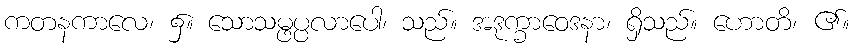
ကတနကာလေ၊ ၌။ သောသမ္ဖပ္ပလာပေါ၊ သည်။ အဒုက္ခာဝေဒနာ၊ ရှိသည်။ ဟောတိ၊ ၏။